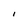
Character: l